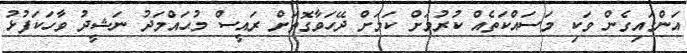
އަންގައިގެން ވަކި މަސައްކަތެއް ކުރުމަށް ކަމަށް ދޭހަވާގޮތަށް ރައީސް މުޙައްމަދު ނަޝީދު ވާހަކަފުޅު